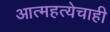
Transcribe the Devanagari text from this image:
आत्महत्येचाही